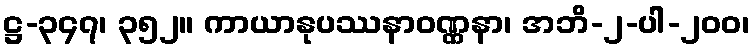
ဋ္ဌ-၃၄၇၊ ၃၅၂။ ကာယာနုပဿနာဝဏ္ဏနာ၊ အဘိ-၂-ပါ-၂၀၀၊